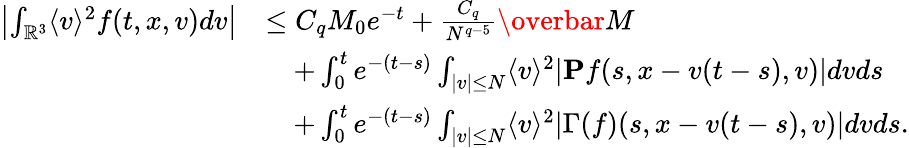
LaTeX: \begin{array}{rl}{\left\vert\int_{\mathbb{R}^{3}}\langle v\rangle^{2}f(t,x,v)dv\right\vert}&{\leq C_{q}M_{0}e^{-t}+\frac{C_{q}}{N^{q-5}}\overbar{M}}\\ &{\quad+\int_{0}^{t}e^{-(t-s)}\int_{\vert v\vert\leq N}\langle v\rangle^{2}\vert\mathbf{P}f(s,x-v(t-s),v)\vert dvds}\\ &{\quad+\int_{0}^{t}e^{-(t-s)}\int_{\vert v\vert\leq N}\langle v\rangle^{2}\vert\Gamma(f)(s,x-v(t-s),v)\vert dvds.}\end{array}